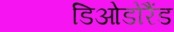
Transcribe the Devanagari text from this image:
डिओडोरैंड